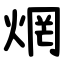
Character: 焹